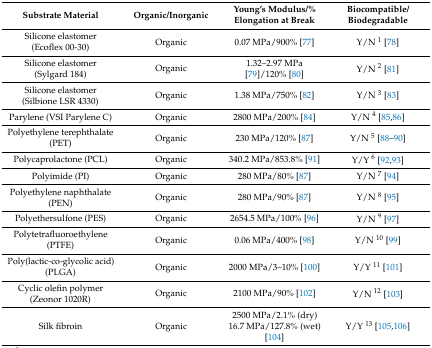
<table><thead><tr><td><b>Substrate Material</b></td><td><b>Organic/Inorganic</b></td><td><b>Young’s Modulus/% Elongation at Break</b></td><td><b>Biocompatible/Biodegradable</b></td></tr></thead><tbody><tr><td>Silicone elastomer (Ecoflex 00-30)</td><td>Organic</td><td>0.07 MPa/900% [77]</td><td>Y/N <sup>1</sup> [78]</td></tr><tr><td>Silicone elastomer (Sylgard 184)</td><td>Organic</td><td>1.32–2.97 MPa [79]/120% [80]</td><td>Y/N <sup>2</sup> [81]</td></tr><tr><td>Silicone elastomer (Silbione LSR 4330)</td><td>Organic</td><td>1.38 MPa/750% [82]</td><td>Y/N <sup>3</sup> [83]</td></tr><tr><td>Parylene (VSI Parylene C)</td><td>Organic</td><td>2800 MPa/200% [84]</td><td>Y/N <sup>4</sup> [85,86]</td></tr><tr><td>Polyethylene terephthalate (PET)</td><td>Organic</td><td>230 MPa/120% [87]</td><td>Y/N <sup>5</sup> [88,89,90]</td></tr><tr><td>Polycaprolactone (PCL)</td><td>Organic</td><td>340.2 MPa/853.8% [91]</td><td>Y/Y <sup>6</sup> [92,93]</td></tr><tr><td>Polyimide (PI)</td><td>Organic</td><td>280 MPa/80% [87]</td><td>Y/N <sup>7</sup> [94]</td></tr><tr><td>Polyethylene naphthalate (PEN)</td><td>Organic</td><td>280 MPa/90% [87]</td><td>Y/N <sup>8</sup> [95]</td></tr><tr><td>Polyethersulfone (PES) </td><td>Organic</td><td>2654.5 MPa/100% [96]</td><td>Y/N <sup>9</sup> [97]</td></tr><tr><td>Polytetrafluoroethylene (PTFE)</td><td>Organic</td><td>0.06 MPa/400% [98]</td><td>Y/N <sup>10</sup> [99]</td></tr><tr><td>Poly(lactic-co-glycolic acid) (PLGA)</td><td>Organic</td><td>2000 MPa/3–10% [100]</td><td>Y/Y <sup>11</sup> [101]</td></tr><tr><td>Cyclic olefin polymer (Zeonor 1020R)</td><td>Organic</td><td>2100 MPa/90% [102]</td><td>Y/N <sup>12</sup> [103]</td></tr><tr><td>Silk fibroin</td><td>Organic</td><td>2500 MPa/2.1% (dry)16.7 MPa/127.8% (wet) [104]</td><td>Y/Y <sup>13</sup> [105,106]</td></tr></tbody></table>